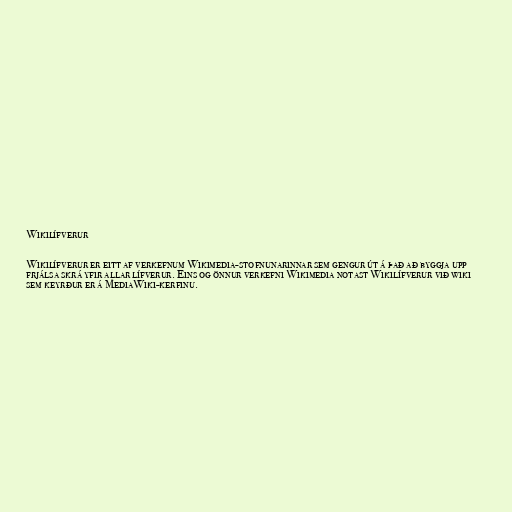
Wikilífverur

Wikilífverur er eitt af verkefnum Wikimedia-stofnunarinnar sem gengur út á það að byggja upp
frjálsa skrá yfir allar lífverur. Eins og önnur verkefni Wikimedia notast Wikilífverur við wiki
sem keyrður er á MediaWiki-kerfinu.